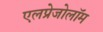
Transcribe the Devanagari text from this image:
एलप्रेजोलॉम